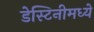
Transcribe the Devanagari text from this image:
डेस्टिनीमध्ये